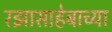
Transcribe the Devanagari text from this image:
रझासाहेबाच्या